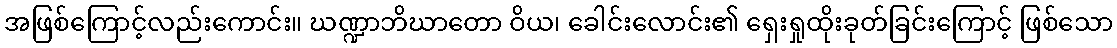
အဖြစ်ကြောင့်လည်းကောင်း။ ဃဏ္ဍာဘိဃာတော ဝိယ၊ ခေါင်းလောင်း၏ ရှေးရှုထိုးခုတ်ခြင်းကြောင့် ဖြစ်သော